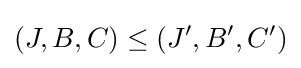
(J,B,C)\leq (J',B',C')